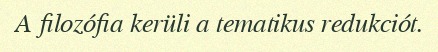
A filozófia kerüli a tematikus redukciót.